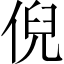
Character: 倪